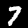
Digit: 7